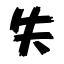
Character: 失